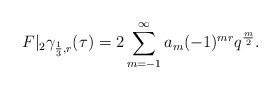
\begin{align*}F|_2\gamma_{\frac 13,r}(\tau)=2\sum\limits_{m=-1}^\infty a_m (-1)^{mr} q^\frac m2.\end{align*}